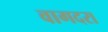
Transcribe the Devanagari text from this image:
वागदरा